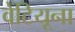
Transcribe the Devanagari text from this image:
वेंटियूना